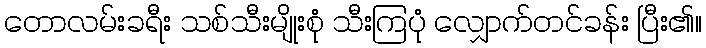
တောလမ်းခရီး သစ်သီးမျိုးစုံ သီးကြပုံ လျှောက်တင်ခန်း ပြီး၏။